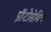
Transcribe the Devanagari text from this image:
प्राॅटोसेविच